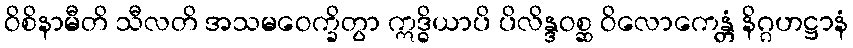
ဝိစိနာမီတိ သီလတိ အသမဝေက္ခိတွာ ဣဒ္ဓိယာပိ ပိလိန္ဒဝစ္ဆ ဝိလောကေန္တံ နိဂ္ဂဟဋ္ဌာနံ